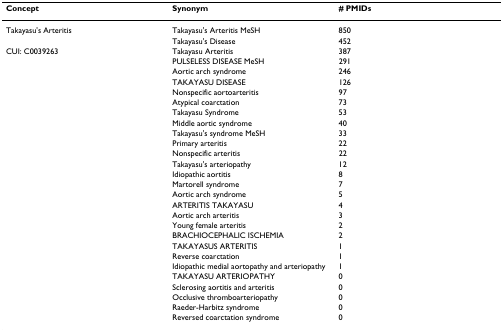
<table><thead><tr><td><b>Concept</b></td><td><b>Synonym</b></td><td><b># PMIDs</b></td></tr></thead><tbody><tr><td>Takayasu&#x27;s Arteritis</td><td>Takayasu&#x27;s Arteritis MeSH</td><td>850</td></tr><tr><td></td><td>Takayasu&#x27;s Disease</td><td>452</td></tr><tr><td>CUI: C0039263</td><td>Takayasu Arteritis</td><td>387</td></tr><tr><td></td><td>PULSELESS DISEASE MeSH</td><td>291</td></tr><tr><td></td><td>Aortic arch syndrome</td><td>246</td></tr><tr><td></td><td>TAKAYASU DISEASE</td><td>126</td></tr><tr><td></td><td>Nonspecific aortoarteritis</td><td>97</td></tr><tr><td></td><td>Atypical coarctation</td><td>73</td></tr><tr><td></td><td>Takayasu Syndrome</td><td>53</td></tr><tr><td></td><td>Middle aortic syndrome</td><td>40</td></tr><tr><td></td><td>Takayasu&#x27;s syndrome MeSH</td><td>33</td></tr><tr><td></td><td>Primary arteritis</td><td>22</td></tr><tr><td></td><td>Nonspecific arteritis</td><td>22</td></tr><tr><td></td><td>Takayasu&#x27;s arteriopathy</td><td>12</td></tr><tr><td></td><td>Idiopathic aortitis</td><td>8</td></tr><tr><td></td><td>Martorell syndrome</td><td>7</td></tr><tr><td></td><td>Aortic arch syndrome</td><td>5</td></tr><tr><td></td><td>ARTERITIS TAKAYASU</td><td>4</td></tr><tr><td></td><td>Aortic arch arteritis</td><td>3</td></tr><tr><td></td><td>Young female arteritis</td><td>2</td></tr><tr><td></td><td>BRACHIOCEPHALIC ISCHEMIA</td><td>2</td></tr><tr><td></td><td>TAKAYASUS ARTERITIS</td><td>1</td></tr><tr><td></td><td>Reverse coarctation</td><td>1</td></tr><tr><td></td><td>Idiopathic medial aortopathy and arteriopathy</td><td>1</td></tr><tr><td></td><td>TAKAYASU ARTERIOPATHY</td><td>0</td></tr><tr><td></td><td>Sclerosing aortitis and arteritis</td><td>0</td></tr><tr><td></td><td>Occlusive thromboarteriopathy</td><td>0</td></tr><tr><td></td><td>Raeder-Harbitz syndrome</td><td>0</td></tr><tr><td></td><td>Reversed coarctation syndrome</td><td>0</td></tr></tbody></table>